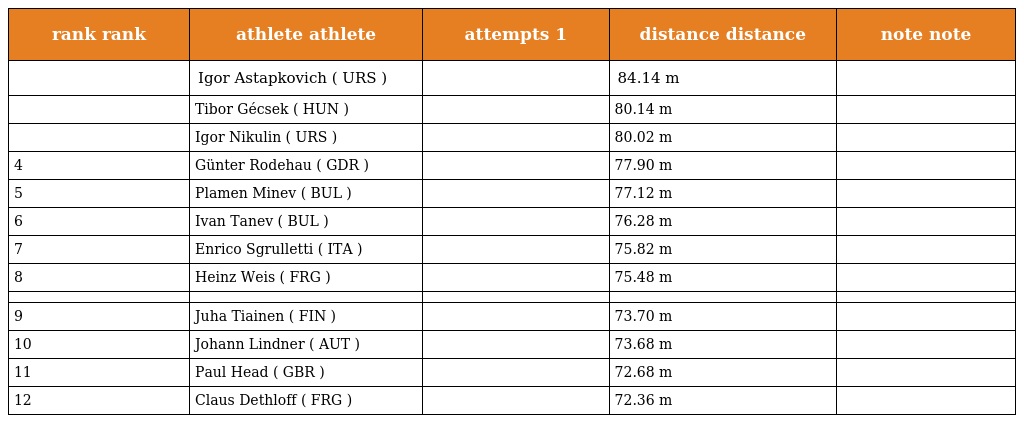
| rank rank | athlete athlete | attempts 1 | distance distance | note note |
 | --- | --- | --- | --- | --- |
 |  | Igor Astapkovich ( URS ) |  | 84.14 m |  |
 |  | Tibor Gécsek ( HUN ) |  | 80.14 m |  |
 |  | Igor Nikulin ( URS ) |  | 80.02 m |  |
 | 4 | Günter Rodehau ( GDR ) |  | 77.90 m |  |
 | 5 | Plamen Minev ( BUL ) |  | 77.12 m |  |
 | 6 | Ivan Tanev ( BUL ) |  | 76.28 m |  |
 | 7 | Enrico Sgrulletti ( ITA ) |  | 75.82 m |  |
 | 8 | Heinz Weis ( FRG ) |  | 75.48 m |  |
 |  |  |  |  |  |
 | 9 | Juha Tiainen ( FIN ) |  | 73.70 m |  |
 | 10 | Johann Lindner ( AUT ) |  | 73.68 m |  |
 | 11 | Paul Head ( GBR ) |  | 72.68 m |  |
 | 12 | Claus Dethloff ( FRG ) |  | 72.36 m |  |